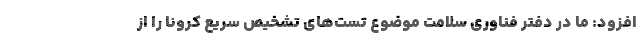
افزود: ما در دفتر فناوری سلامت موضوع تست‌های تشخیص سریع کرونا را از